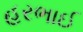
હરભાઈ